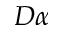
D \alpha